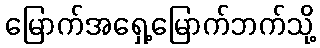
မြောက်အရှေ့မြောက်ဘက်သို့